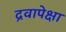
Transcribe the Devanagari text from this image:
द्रवापेक्षा